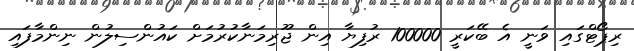
ރިޕޯޓްގައި ވަނީ އެ ބޭކަރީ 100000 ރުފިޔާ އިން ޖޫރިމަނާކުރުމަށް ކައުންސިލުން ނިންމާފައި